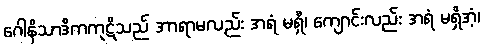
ဂေါနိသာဒိကကုဋိသည် အာရာမလည်း အရံ မရှိ၊ ကျောင်းလည်း အရံ မရှိအံ့၊